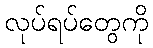
လုပ်ရပ်တွေကို